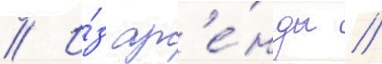
// И́з ар'е́нды //